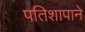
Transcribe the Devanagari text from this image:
पतिशापाने